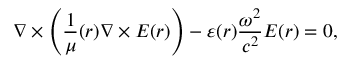
\nabla \times \left( \frac { 1 } { \mu } ( \boldsymbol { r } ) \nabla \times \boldsymbol { E } ( \boldsymbol { r } ) \right) - \varepsilon ( \boldsymbol { r } ) \frac { \omega ^ { 2 } } { c ^ { 2 } } \boldsymbol { E } ( \boldsymbol { r } ) = 0 ,